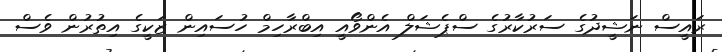
ރައީސް ނަޝީދުގެ ސަރުކާރުގެ ސްޕެޝަލް އެންވޯއީ އިބްރާހިމް ހުސައިން ޒަކީގެ އިތުރުން ވެސް